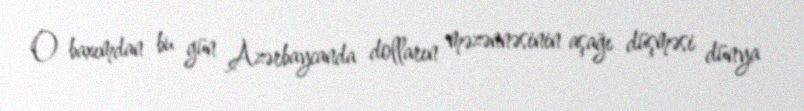
O baxımdan bu gün Azərbaycanda dolların məzənnəsinin aşağı düşməsi dünya